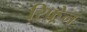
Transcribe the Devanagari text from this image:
रिफ़्रेन